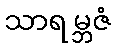
သာရမ္ဘဇံ